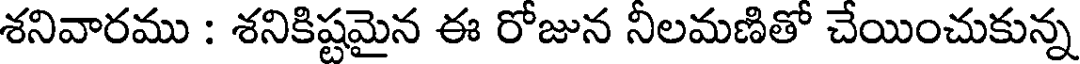
శనివారము : శనికిష్టమైన ఈ రోజున నీలమణితో చేయించుకున్న